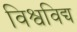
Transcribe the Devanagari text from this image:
विश्वविद्य